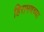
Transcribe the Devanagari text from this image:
हिरामणच्या